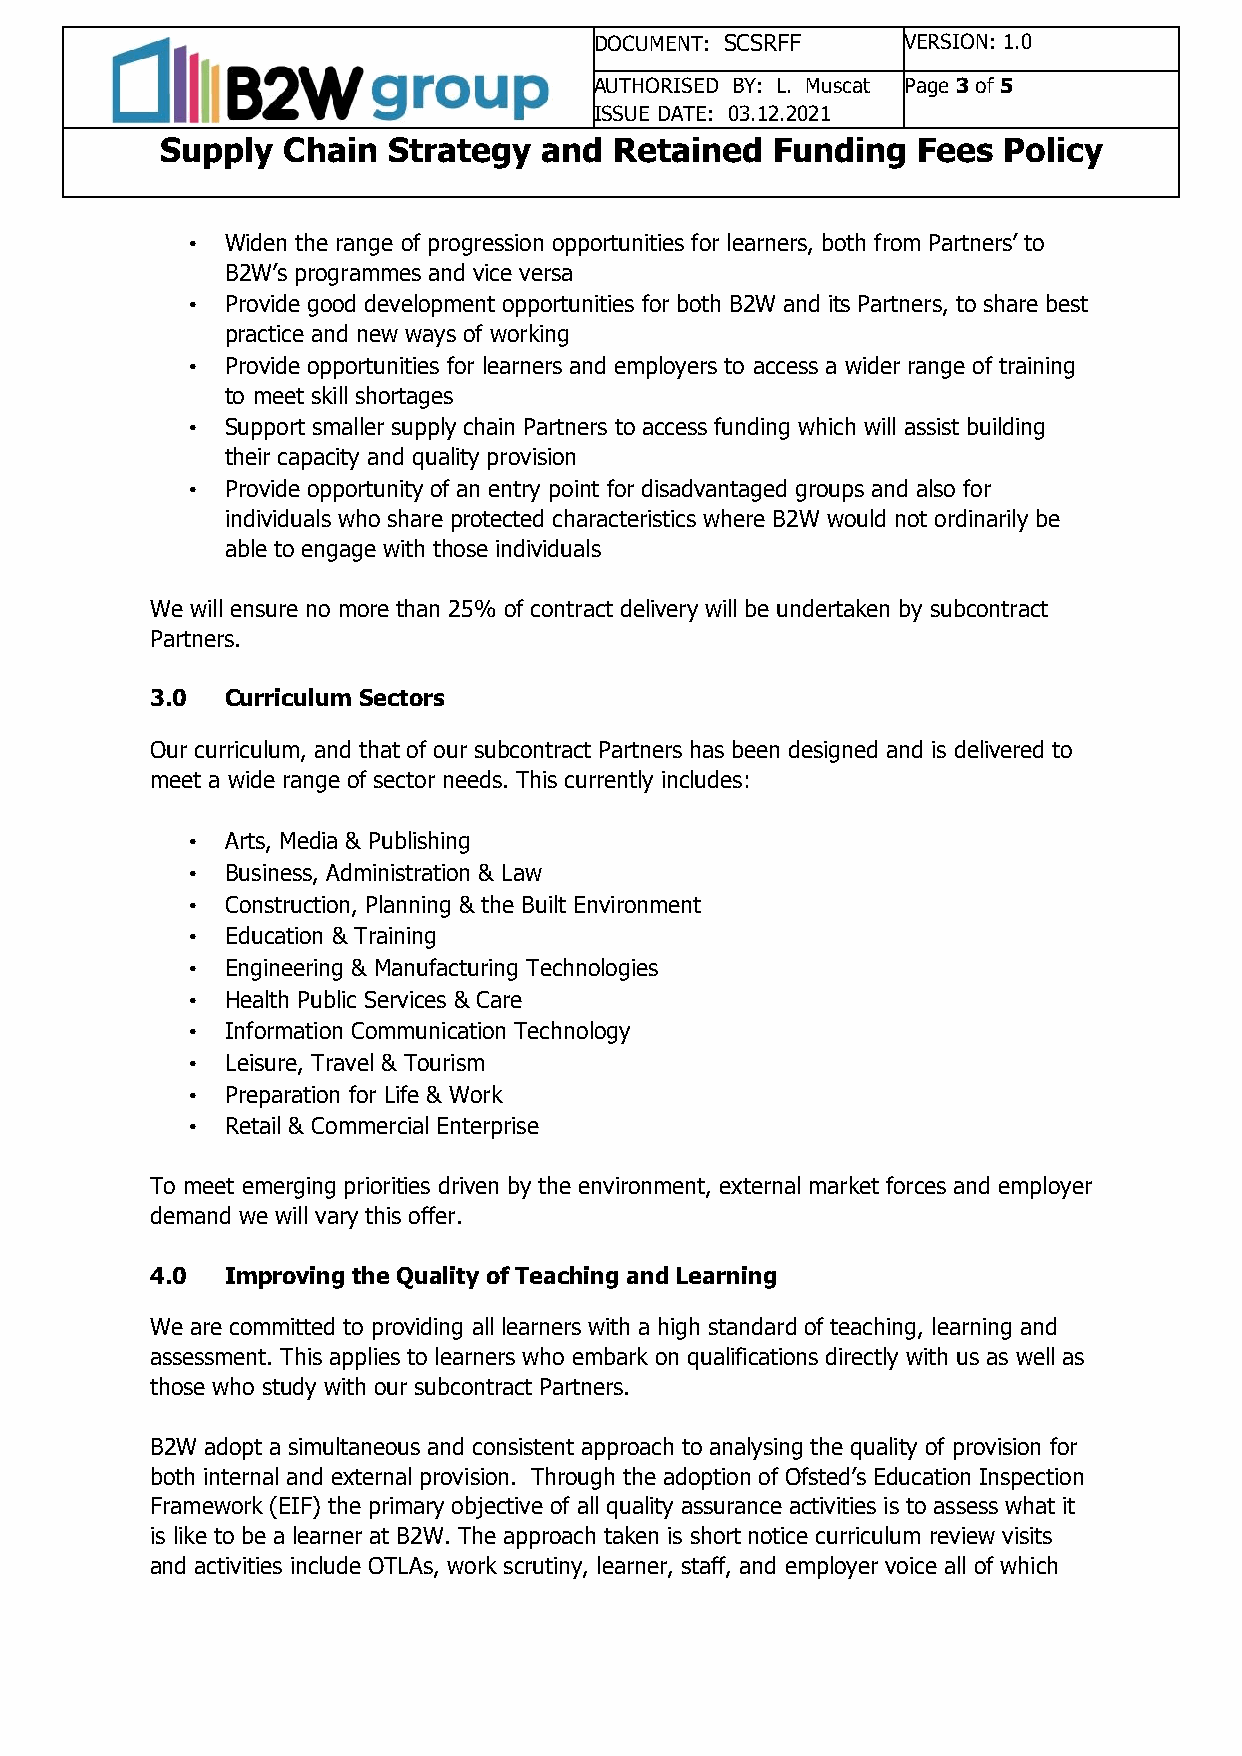
DOCUMENT: SCSRFF     VERSION: 1.0
 AUTHORISED BY: L. Muscat Page 3 of 5
 ISSUE DATE: 03.12.2021
 Supply  Chain  Strategy  and  Retained  Funding   Fees Policy
 •  Widen the range of progression opportunities for learners, both from Partners’ to
 B2W’s programmes and vice versa
 •  Provide good development opportunities for both B2W and its Partners, to share best
 practice and new ways of working
 •  Provide opportunities for learners and employers to access a wider range of training
 to meet skill shortages
 •  Support smaller supply chain Partners to access funding which will assist building
 their capacity and quality provision
 •  Provide opportunity of an entry point for disadvantaged groups and also for
 individuals who share protected characteristics where B2W would not ordinarily be
 able to engage with those individuals
 We will ensure no more than 25% of contract delivery will be undertaken by subcontract
 Partners.
 3.0  Curriculum Sectors
 Our curriculum, and that of our subcontract Partners has been designed and is delivered to
 meet a wide range of sector needs. This currently includes:
 •  Arts, Media & Publishing
 •  Business, Administration & Law
 •  Construction, Planning & the Built Environment
 •  Education & Training
 •  Engineering & Manufacturing Technologies
 •  Health Public Services & Care
 •  Information Communication Technology
 •  Leisure, Travel & Tourism
 •  Preparation for Life & Work
 •  Retail & Commercial Enterprise
 To meet emerging priorities driven by the environment, external market forces and employer
 demand we will vary this offer.
 4.0  Improving the Quality of Teaching and Learning
 We are committed to providing all learners with a high standard of teaching, learning and
 assessment. This applies to learners who embark on qualifications directly with us as well as
 those who study with our subcontract Partners.
 B2W adopt a simultaneous and consistent approach to analysing the quality of provision for
 both internal and external provision. Through the adoption of Ofsted’s Education Inspection
 Framework (EIF) the primary objective of all quality assurance activities is to assess what it
 is like to be a learner at B2W. The approach taken is short notice curriculum review visits
 and activities include OTLAs, work scrutiny, learner, staff, and employer voice all of which